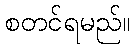
စတင်ရမည်။